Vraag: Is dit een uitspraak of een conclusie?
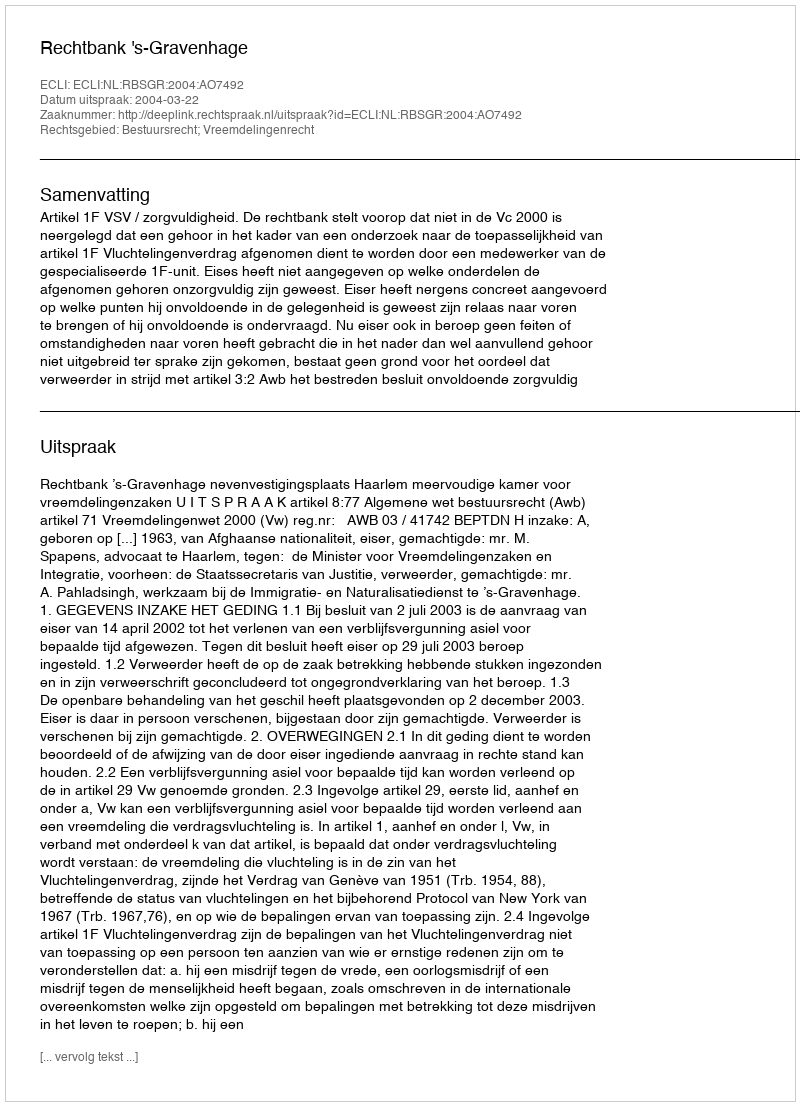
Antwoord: Uitspraak